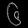
Digit: ၆